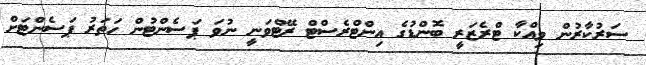
ސަރުކާރުން ވިއްކާ ޓްރެޒަރީ ބޮންޑުގެ އިންޓްރެސްޓް ރޭޓްވަނީ ނުވަ ޕަސެންޓުން ހަތަރު ޕަސެންޓަށް